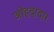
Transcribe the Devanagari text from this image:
ओहदादार